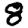
Digit: 8